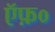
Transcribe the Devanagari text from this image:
ऍफ़०